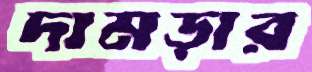
দামড়ার